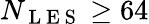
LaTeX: N_{\mathrm{~L~E~S~}}\geq 64